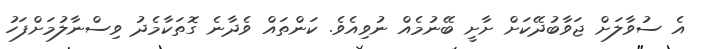
އެ ސުވާލަށް ޖަވާބުދޭކަށް ށާށީ ބޭނުމެއް ނުވިއެވެ. ކަންތައް ވެދާނެ ގޮތަކާމެދު ވިސްނާލުމަށްފަހު